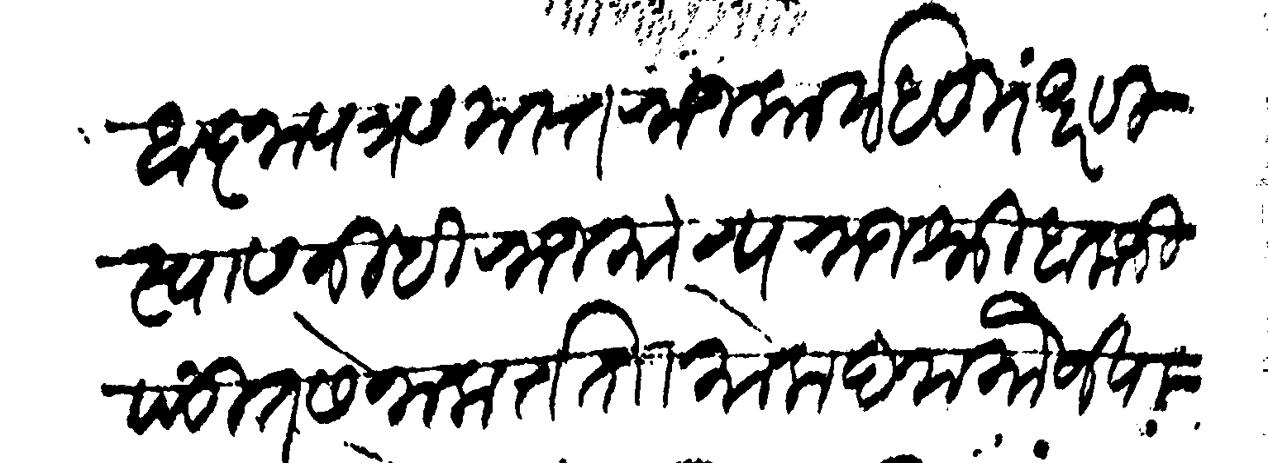
Transliteration (Devanagari): आज्ञापत्र समस्त राजकार्य धुरंधर विस्वास निधि राजमान्य राजश्री बालाजी पंडित सेनाकर्तता मोकदम मौजे पागरी